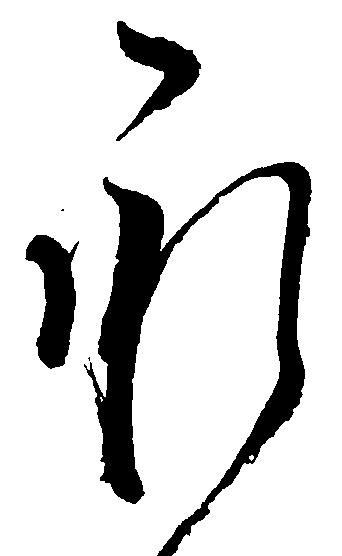
承